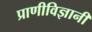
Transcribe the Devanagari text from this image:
प्राणीविज्ञानी